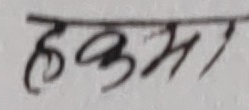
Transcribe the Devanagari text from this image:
हुकुम